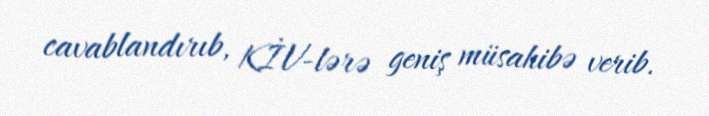
cavablandırıb, KİV-lərə geniş müsahibə verib.